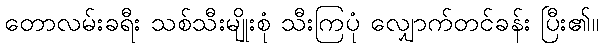
တောလမ်းခရီး သစ်သီးမျိုးစုံ သီးကြပုံ လျှောက်တင်ခန်း ပြီး၏။